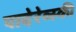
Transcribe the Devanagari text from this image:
पादेरेव्स्की